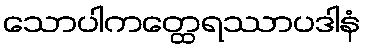
သောပါကတ္ထေရဿာပဒါနံ